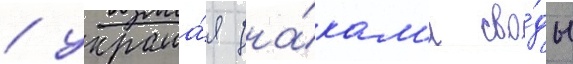
/ украша́я зна́кам'и сво́ды